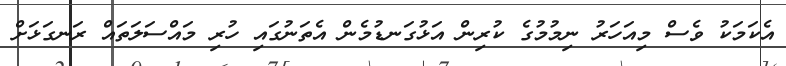
އެކަމަކު ވެސް މިއަހަރު ނިމުމުގެ ކުރިން އަޅުގަނޑުމެން އެތަނުގައި ހުރި މައްސަލަތައް ރަނގަޅަށް